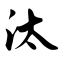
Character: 汰